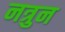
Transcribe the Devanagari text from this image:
नत्रुन